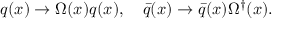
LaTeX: q ( x ) \rightarrow \Omega ( x ) q ( x ) , \quad \bar { q } ( x ) \rightarrow \bar { q } ( x ) \Omega ^ { \dagger } ( x ) .